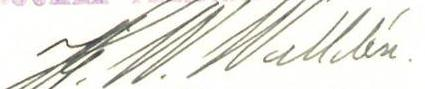
J. W. Walldén